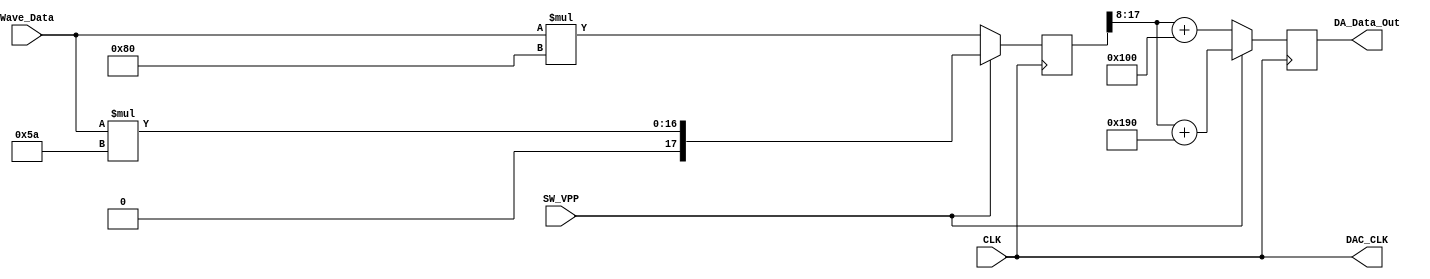
module dac_module
(
	CLK, Wave_Data, DAC_CLK, DA_Data_Out, SW_VPP
);

   input CLK;
	input [9:0]Wave_Data;
	input SW_VPP;
   output DAC_CLK; 
   output [9:0]DA_Data_Out;
	
	wire [7:0]a_ver1;
	wire [7:0]a_ver2;
	reg [17:0]amp_dat;
	reg [9:0]r_data_out;
	
	always@(posedge DAC_CLK) begin
		if (SW_VPP) begin
			amp_dat <= Wave_Data * a_ver1;
			r_data_out <= amp_dat[17:8] + 10'b01_1001_0000;
		end
		else begin
			amp_dat <= Wave_Data * a_ver2;
			r_data_out <= amp_dat[17:8] + 10'b01_0000_0000;
		end
	end
	
   assign DAC_CLK = CLK;
	assign a_ver1 = 8'b0101_1010;
	//assign a_ver1 = 8'b0001_0000;
	assign a_ver2 = 8'b1000_0000;
	assign DA_Data_Out = r_data_out;
	
	
endmodule